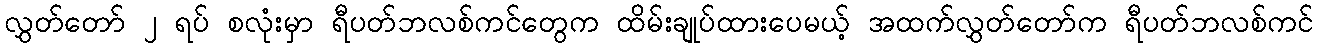
လွှတ်တော် ၂ ရပ် စလုံးမှာ ရီပတ်ဘလစ်ကင်တွေက ထိမ်းချုပ်ထားပေမယ့် အထက်လွှတ်တော်က ရီပတ်ဘလစ်ကင်